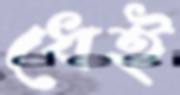
ধেই